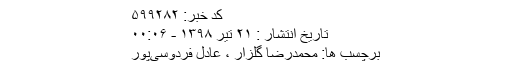
کد خبر: ۵۹۹۲۸۲
تاریخ انتشار : ۲۱ تير ۱۳۹۸ - ۰۰:۰۶
برچسب ها: محمدرضا گلزار ، عادل فردوسی‌پور